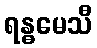
ရန္ဓမေသီ